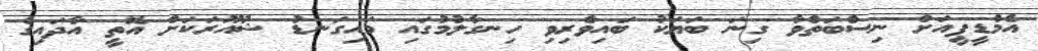
އެމްޑީޕީއަށް ނިސްބަތްވާ ގިނަ ބަޔަކު ބައިވެރިވި ހިނގާލުމުގައި މައިގަނޑު ޝުއޫރަކަށް އޮތީ އާދައިގެ